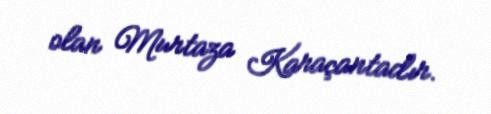
olan Murtaza Karaçantadır.